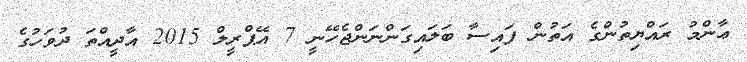
ޢާންމު ރައްޔިތުންގެ އަތުން ފައިސާ ބަލައިގަންނަންޖެހޭނީ 7 އޭޕްރީލް 2015 އާދީއްތަ ދުވަހުގެ